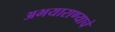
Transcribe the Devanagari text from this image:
अभयाराण्याचे